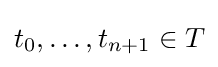
t_{0},\dots ,t_{n+1}\in T